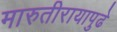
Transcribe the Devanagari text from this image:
मारुतीरायापुढे